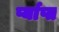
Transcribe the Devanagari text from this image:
र्प्याप्त